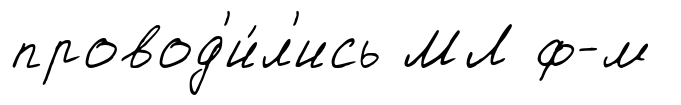
провод'и́л'ись МЛ ф-м